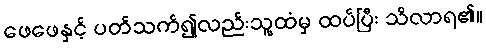
ဖေဖေနှင့် ပတ်သက်၍လည်းသူ့ထံမှ ထပ်ပြီး သိလာရ၏။